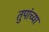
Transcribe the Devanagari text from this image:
तुपांच्या